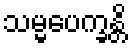
သမ္မပေက္ခန္တိ